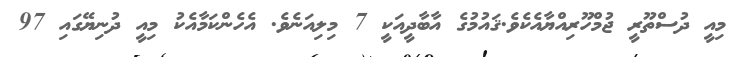
މިއީ ދުސްތޫރީ ޖުމްހޫރިއްޔާއެކެވެ.ޤައުމުގެ އާބާދީއަކީ 7 މިލިއަނެވެ. އެހެންކަމާއެކު މިއީ ދުނިޔޭގައި 97